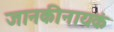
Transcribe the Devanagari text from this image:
जानकीनायकं